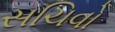
સચિવો